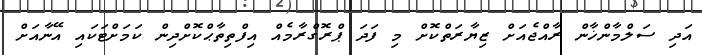
އަދި ސަލްމާންޚާން ރާއްޖެއަށް ޒިޔާރަތްކޮށް މި ފަދަ ޕްރޮގްރާމެއް އިފްތިތާޙްކޮށްދިން ކަމަށްޓަކައި އޭނާއަށް